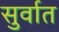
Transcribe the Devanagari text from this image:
सुर्वात